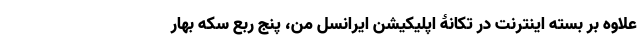
علاوه بر بسته اینترنت در تکانۀ اپلیکیشن ایرانسل من، پنج ربع سکه بهار